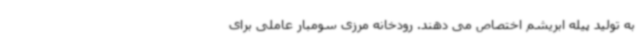
به تولید پیله ابریشم اختصاص می دهند. رودخانه مرزی سومبار عاملی برای